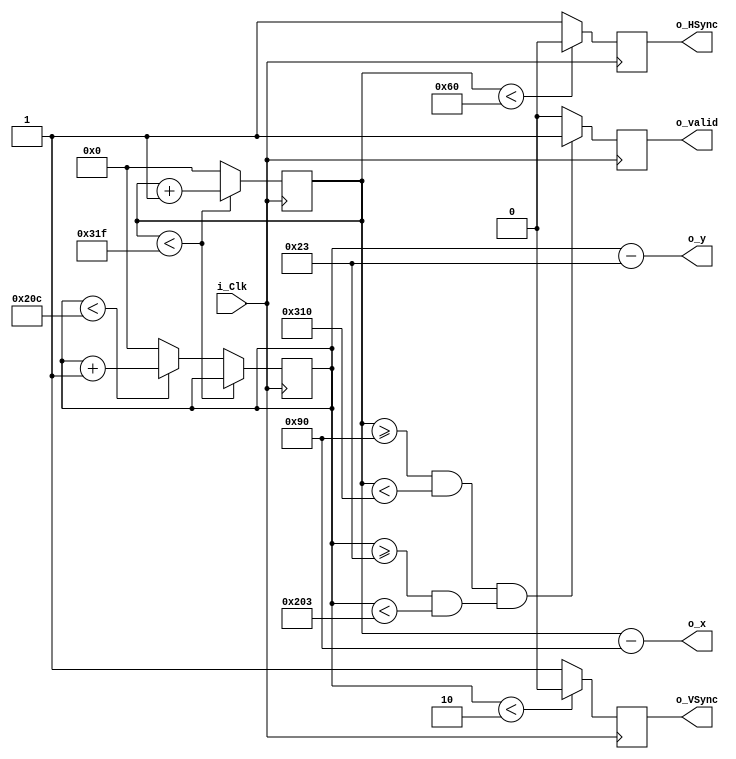
module VGA
    (
        input i_Clk,
        output reg o_HSync = 0,
        output reg o_VSync = 0,
        output reg o_valid = 0,
        output [11:0] o_x,
        output [11:0] o_y
    );
 
    localparam WIDTH = 640;
    localparam HEIGHT = 480;

    localparam H_FRONT_PORCH = 16;
    localparam H_SYNC_WIDTH = 96;
    localparam H_BACK_PORCH = 48;
    localparam H_BEGIN = H_SYNC_WIDTH + H_BACK_PORCH;
    localparam H_END = H_BEGIN + WIDTH;
    // 640+16+96+48=800
    localparam H_WIDTH = H_SYNC_WIDTH + H_BACK_PORCH + WIDTH + H_FRONT_PORCH;


    localparam V_FRONT_PORCH = 10;
    localparam V_SYNC_WIDTH =  2;
    localparam V_BACK_PORCH = 33;
    localparam V_BEGIN = V_SYNC_WIDTH + V_BACK_PORCH;
    localparam V_END = V_BEGIN + HEIGHT;
    // 480+10+2+33=525
    localparam V_HEIGHT = V_SYNC_WIDTH + V_BACK_PORCH + HEIGHT + V_FRONT_PORCH;

    reg [11:0] r_HPos = 0;
    reg [11:0] r_VPos = 0;
 
    //step pixel position throughout the screen
    always @(posedge i_Clk)
        begin
          if (r_HPos <  H_WIDTH-1)
            begin
                r_HPos <= r_HPos + 1;
            end
          else
            begin
                r_HPos <= 0;
                if (r_VPos < V_HEIGHT-1)
                  begin
                    r_VPos <= r_VPos + 1;
                  end
                else
                  begin
                    r_VPos <= 0;
                  end
            end  
        end
 
    //Horizontal sync
    always @(posedge i_Clk)
        begin
          if (r_HPos < H_SYNC_WIDTH)
            begin
                o_HSync = 1'b0;
                //o_HSync = 1'b1;
            end
          else
            begin
                o_HSync = 1'b1;
                //o_HSync = 1'b0;
            end  
        end
 
    //Vertical sync
    always @(posedge i_Clk)
        begin
          if (r_VPos < V_SYNC_WIDTH)
            begin
                o_VSync = 1'b0;
                //o_VSync = 1'b1;
            end
          else
            begin
                o_VSync = 1'b1;
                //o_VSync = 1'b0;
            end  
        end
 
    //Valid region
    always @(posedge i_Clk)
        begin
          if ((r_HPos >= H_BEGIN & r_HPos < H_END) & (r_VPos >= V_BEGIN & r_VPos < V_END ))
            begin
                o_valid = 1'b1;
            end
          else
            begin
                o_valid = 1'b0;
            end  
        end

    assign o_x = r_HPos - H_BEGIN;
    assign o_y = r_VPos - V_BEGIN;
 
endmodule

module main 
    (
        input CLK,
        output [2:0] VGA_R,
        output [2:0] VGA_G,
        output [2:0] VGA_B,
        output VGA_HSync,
        output VGA_VSync
    );
 
    wire w_valid;
    wire [11:0] w_x;
    wire [11:0] w_y;
 
    VGA processor
    (
        .i_Clk(CLK),
        .o_HSync(VGA_HSync),
        .o_VSync(VGA_VSync),
        .o_valid(w_valid),
        .o_x(w_x),
        .o_y(w_y)
    );

    //wire on = w_valid;
    //wire on = w_valid & w_x[4];
    wire on = w_valid & (w_x[4] ^ w_y[4]);

    wire [2:0] value = {on, on, on};

    assign VGA_R = value;
    assign VGA_G = value;
    assign VGA_B = value;

    //assign VGA_R = w_valid ? w_x[4:2] : 3'b0;
    //assign VGA_G = w_valid ? w_x[4:2] : 3'b0;
    //assign VGA_B = w_valid ? w_x[4:2] : 3'b0;
 
endmodule